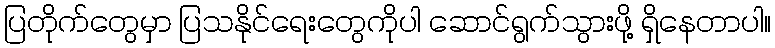
ပြတိုက်တွေမှာ ပြသနိုင်ရေးတွေကိုပါ ဆောင်ရွက်သွားဖို့ ရှိနေတာပါ။